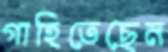
গাহিতেছেন